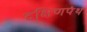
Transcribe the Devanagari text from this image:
दक्षिणपंथ